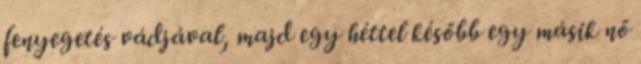
fenyegetés vádjával, majd egy héttel később egy másik nő